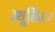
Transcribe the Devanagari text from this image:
ज्युूलिअन